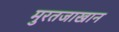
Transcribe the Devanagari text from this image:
मुरतजाखान